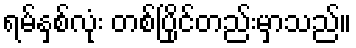
ရမ်နှစ်လုံး တစ်ပြိုင်တည်းမှာသည်။